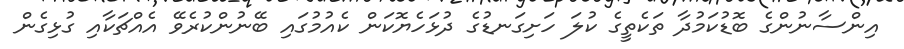
އިންސާނުންގެ ބޮޑުކަމުދާ ތަކެތީގެ ކުލަ ހަށިގަނޑުގެ ދުޅަހެޔޮކަން ކެއުމުގައި ބޭނުންކުރެވޭ އެއްޗަކާއި ގުޅިގެން